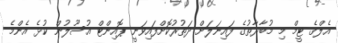
އެލްގެ ޓީމް މި މުބާރާތުގެ ފައިނަލަށް ދަތުރުކޮށްފައިވަނީ ޕޮއިންޓް އުސޫލުން ކުޅެ އެންމެ